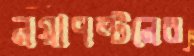
নয়াপল্টনের